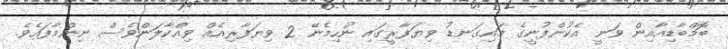
ބޮމްބާޑިއާއިން ވަނީ އެކުންފުނީގެ މައިގަނޑު ވިޔަފާރީގައި ނުހިމެނޭ 2 ވިޔަފާރިއެއް ވިއްކާލަންވެސް ނިންމާފައެވެ.